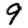
Digit: 9